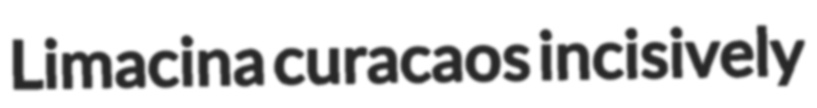
Limacina curacaos incisively